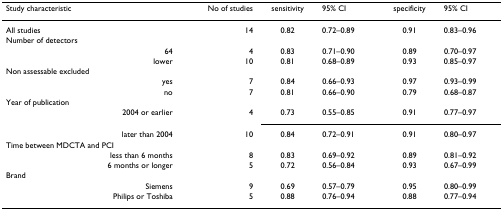
| Study characteristic | No of studies | sensitivity | 95% CI | specificity | 95% CI |
 | --- | --- | --- | --- | --- | --- |
 | All studies | 14 | 0.82 | 0.72–0.89 | 0.91 | 0.83–0.96 |
 | Number of detectors |  |  |  |  |  |
 | 64 | 4 | 0.83 | 0.71–0.90 | 0.89 | 0.70–0.97 |
 | lower | 10 | 0.81 | 0.68–0.89 | 0.93 | 0.85–0.97 |
 | Non assessable excluded |  |  |  |  |  |
 | yes | 7 | 0.84 | 0.66–0.93 | 0.97 | 0.93–0.99 |
 | no | 7 | 0.81 | 0.66–0.90 | 0.79 | 0.68–0.87 |
 | Year of publication |  |  |  |  |  |
 | 2004 or earlier | 4 | 0.73 | 0.55–0.85 | 0.91 | 0.77–0.97 |
 | later than 2004 | 10 | 0.84 | 0.72–0.91 | 0.91 | 0.80–0.97 |
 | Time between MDCTA and PCI |  |  |  |  |  |
 | less than 6 months | 8 | 0.83 | 0.69–0.92 | 0.89 | 0.81–0.92 |
 | 6 months or longer | 5 | 0.72 | 0.56–0.84 | 0.93 | 0.67–0.99 |
 | Brand |  |  |  |  |  |
 | Siemens | 9 | 0.69 | 0.57–0.79 | 0.95 | 0.80–0.99 |
 | Philips or Toshiba | 5 | 0.88 | 0.76–0.94 | 0.88 | 0.77–0.94 |